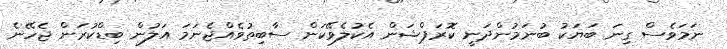
ނަމަވެސް ގިނަ ބަޔަކު ބުނަމުންދަނީ ކޮރަޕްޝަން އެކުލެވޭކަން ސާބިތުވެއްޖެނަމަ އަލުން ބިޑްކުރަން ޖެހޭނެ